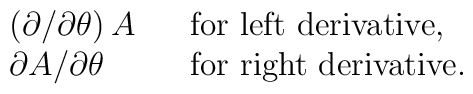
\begin{array}{lll}\displaystyle\left(\partial /\partial\theta\right) A &&{\rm for\ left\ derivative},\\\displaystyle\partial A/\partial\theta &&{\rm for\ right\ derivative}.\end{array}